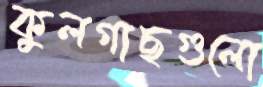
কুলগাছগুলো